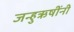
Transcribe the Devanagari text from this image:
जन्हुऋषींनी